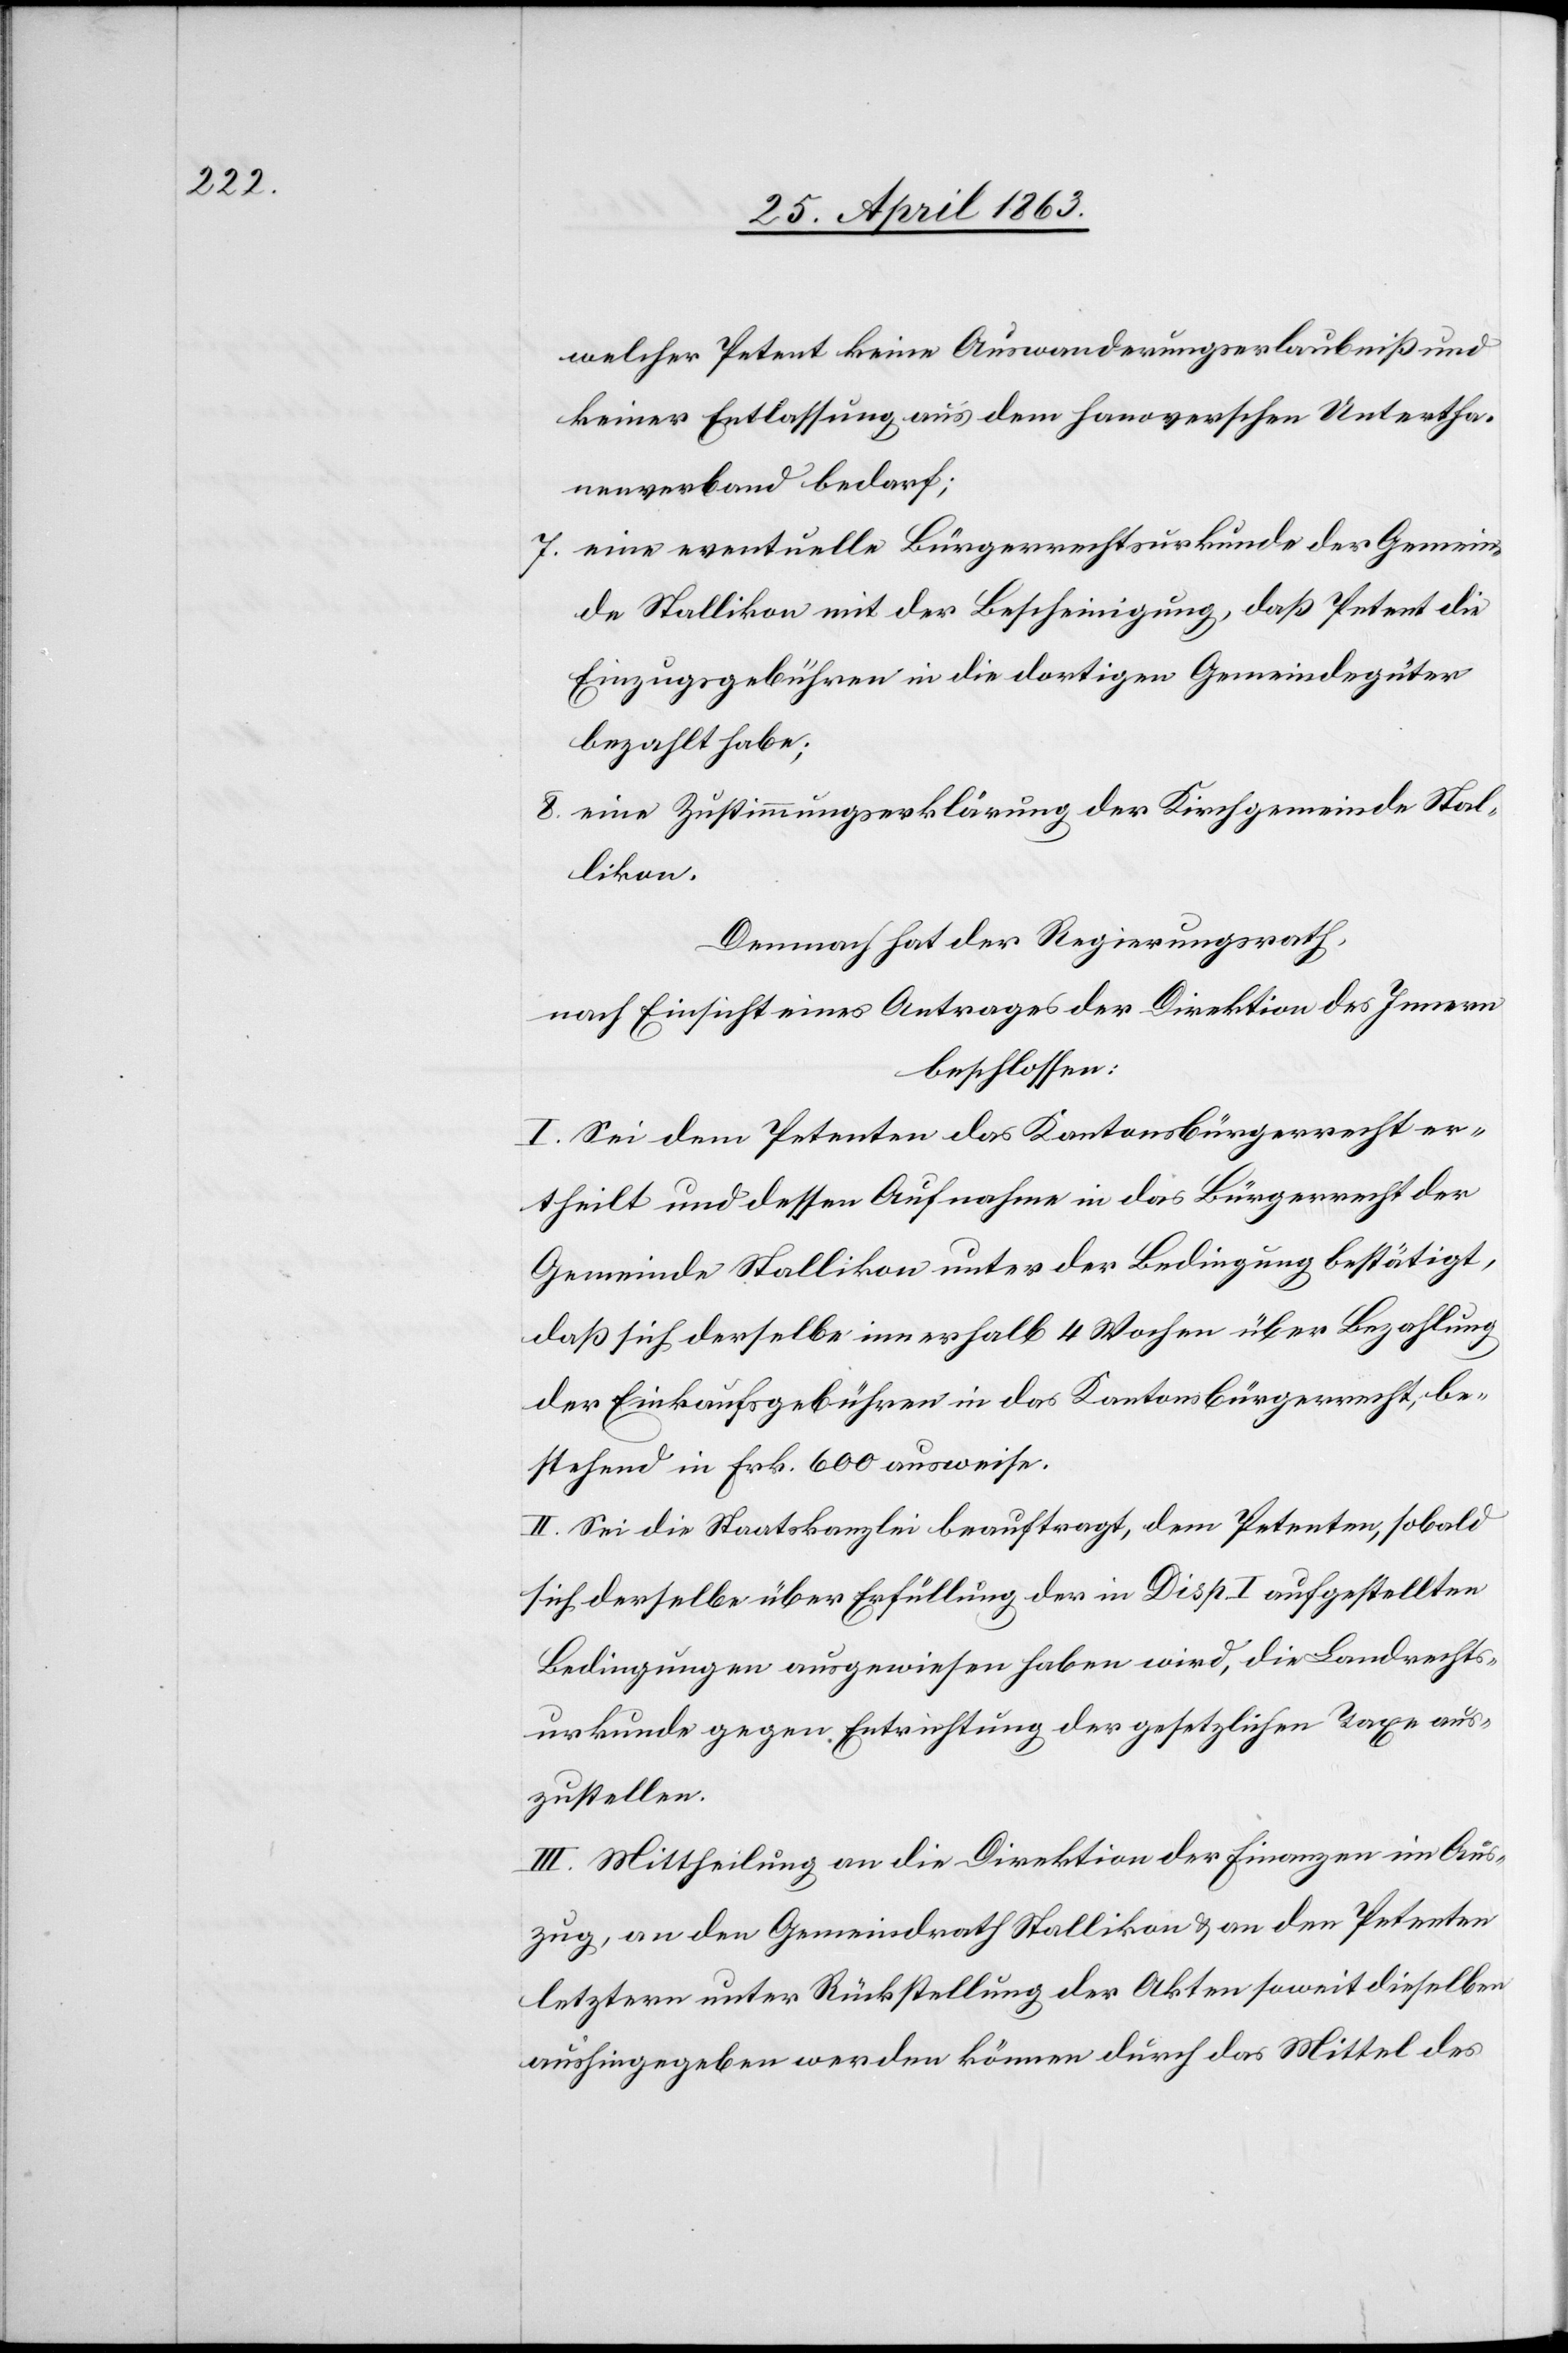
welcher Petent keine Auswanderungserlaubniß und
keiner Entlassung aus dem hanoverschen Untertha¬
nenverband bedarf;
7. eine eventuelle Bürgerrechtsurkunde der Gemein¬
de Stallikon mit der Bescheinigung, daß Petent die
Einzugsgebühren in die dortigen Gemeindegüter
bezahlt habe;
8. eine Zustimmungserklärung der Kirchgemeinde Stal¬
likon.
Demnach hat der Regierungsrath,
nach Einsicht eines Antrages der Direktion des Innern
beschlossen:
I. Sei dem Petenten das Kantonsbürgerrecht er¬
theilt und dessen Aufnahme in das Bürgerrecht der
Gemeinde Stallikon unter der Bedingung bestätigt,
daß sich derselbe innerhalb 4 Wochen über Bezahlung
der Einkaufsgebühren in das Kantonsbürgerrecht, be¬
stehend in Frk. 600 ausweise.
II. Sei die Staatskanzlei beauftragt, dem Petenten, sobald
sich derselbe über Erfüllung der in Disp. I aufgestellten
Bedingungen ausgewiesen haben wird, die Landrechts¬
urkunde gegen Entrichtung der gesetzlichen Taxe aus¬
zustellen.
III. Mittheilung an die Direktion der Finanzen im Aus¬
zug, an den Gemeindrath Stallikon & an den Petenten
letztern unter Rückstellung der Akten soweit dieselben
aushingegeben werden können durch das Mittel des